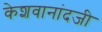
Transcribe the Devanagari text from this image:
केशवानांदजी